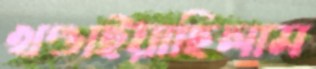
খণ্ডাইয়াছিলাম